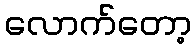
လောက်တော့